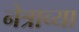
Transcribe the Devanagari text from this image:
नेत्राच्या